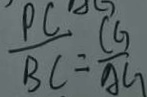
\frac { P C } { B C } = \frac { C G } { A S }